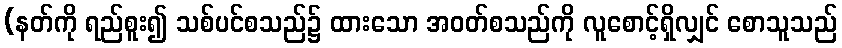
(နတ်ကို ရည်စူး၍ သစ်ပင်စသည်၌ ထားသော အဝတ်စသည်ကို လူစောင့်ရှိလျှင် စောသူသည်